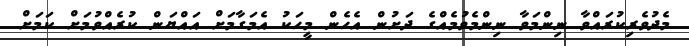
މެދުވެރިކުރައްވާ ނިންމަވާ ނިންމެވުމެއްގެ ދަށުން އެހެން މީހަކު އެމަގާމަށް އައްޔަން ކުރެއްވުމަށް ކަމަށް